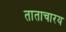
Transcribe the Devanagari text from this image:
ताताचारय